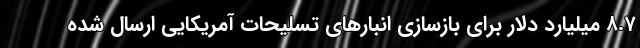
۸.۷ میلیارد دلار برای بازسازی انبارهای تسلیحات آمریکایی ارسال شده